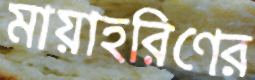
মায়াহরিণের